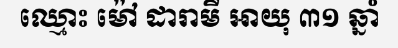
ឈ្មោះ ម៉ៅ ដារាមី អាយុ ៣១ ឆ្នាំ